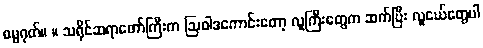
ဓမ္မဂုတ်။ ။ သရိုင်ဆရာတော်ကြီးက ဩဝါဒကောင်းတော့ လူကြီးတွေက ဆက်ပြီး လူငယ်တွေပါ